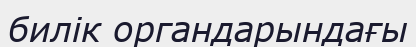
билік органдарындағы